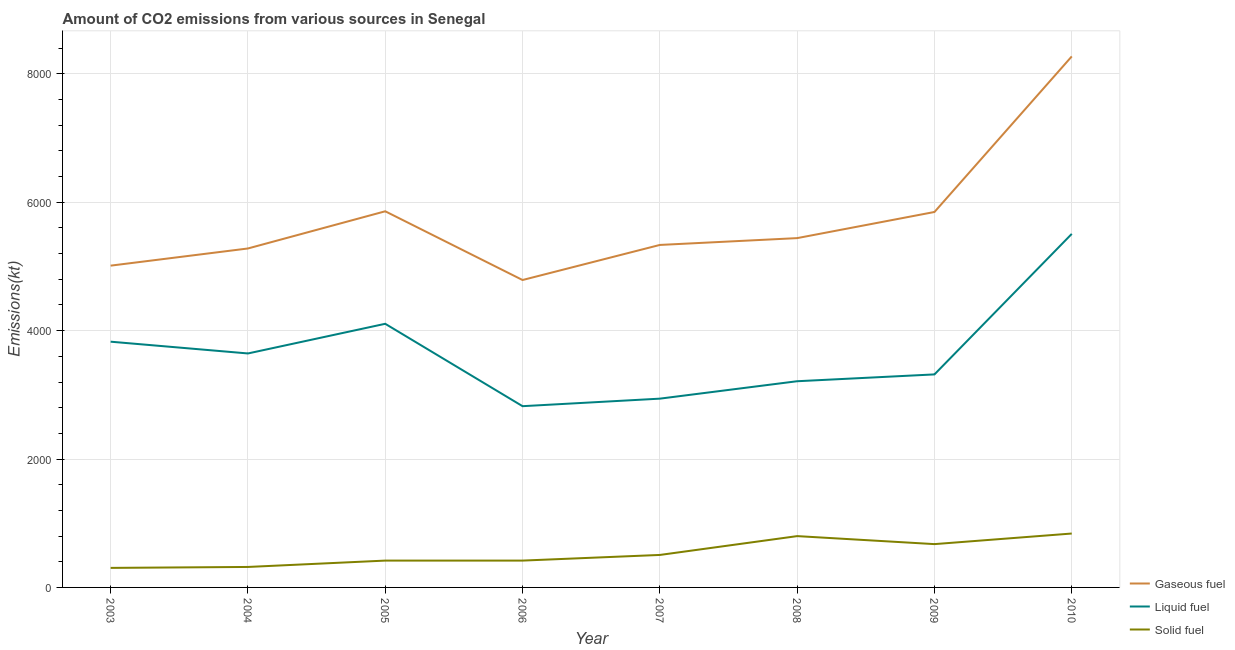
| Year | Gaseous fuel | Liquid fuel | Solid fuel |
 | --- | --- | --- | --- |
 | 2003 | 5.01e+03 | 3.83e+03 | 304 |
 | 2004 | 5.28e+03 | 3.64e+03 | 319 |
 | 2005 | 5.86e+03 | 4.11e+03 | 418 |
 | 2006 | 4.79e+03 | 2.82e+03 | 418 |
 | 2007 | 5.34e+03 | 2.94e+03 | 506 |
 | 2008 | 5.44e+03 | 3.21e+03 | 799 |
 | 2009 | 5.85e+03 | 3.32e+03 | 675 |
 | 2010 | 8.27e+03 | 5.51e+03 | 840 |